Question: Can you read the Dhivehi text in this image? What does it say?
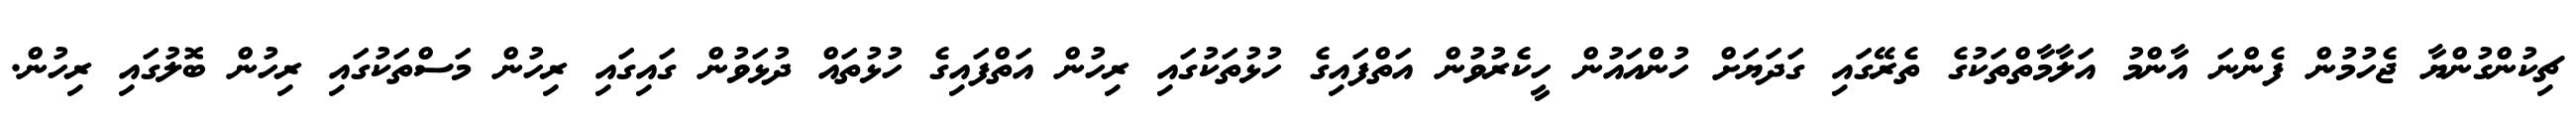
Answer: ޗިކުންގުންޔާ ޖެހުމުން ފެންނަ އާންމު އަލާމާތްތަކުގެ ތެރޭގައި ގަދަޔަށް ހުންއައުން ހީކެރުވުން އަތްފައިގެ ހުޅުތަކުގައި ރިހުން އަތްފައިގެ ހުޅުތައް ދުޅަވުން ގައިގައި ރިހުން މަސްތަކުގައި ރިހުން ބޮލުގައި ރިހުން.